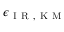
\epsilon _ { \mathrm { ~ I ~ R ~ , ~ K ~ M ~ } }